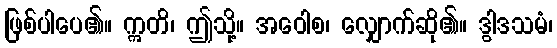
ဖြစ်ပါပေ၏။ ဣတိ၊ ဤသို့။ အဝေါစ၊ လျှောက်ဆို၏။ ဒွါဒသမံ၊